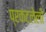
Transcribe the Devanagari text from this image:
प्रकटलेली